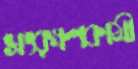
সংরক্ষণকামী